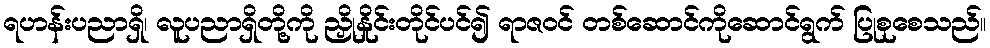
ရဟန်းပညာရှိ၊ လူပညာရှိတို့ကို ညှိုနှိုင်းတိုင်ပင်၍ ရာဇဝင် တစ်ဆောင်ကိုဆောင်ရွက် ပြုစုစေသည်။